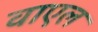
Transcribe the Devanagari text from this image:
वाएल